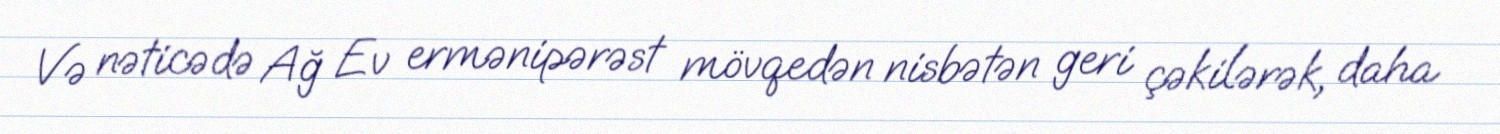
Və nəticədə Ağ Ev ermənipərəst mövqedən nisbətən geri çəkilərək, daha